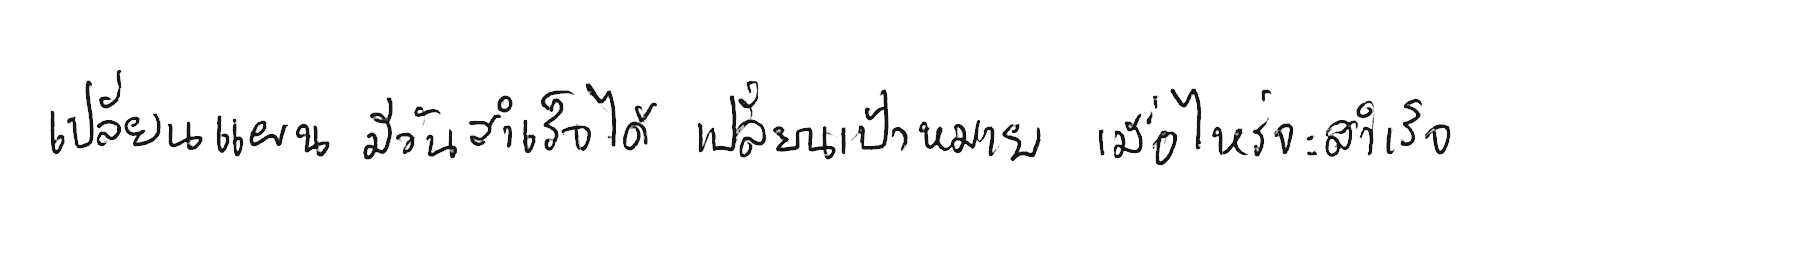
เปลี่ยนแผน มีวันสำเร็จได้ เปลี่ยนเป้าหมาย เมื่อไหร่จะสำเร็จ